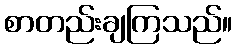
စာတည်းချကြသည်။